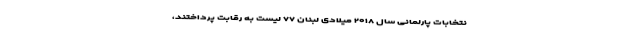
نتخابات پارلمانی سال ۲۰۱۸ میلادی لبنان ۷۷ لیست به رقابت پرداختند،